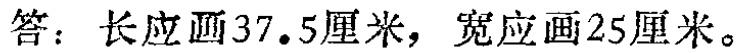
答：长应画37.5厘米，宽应画25厘米。